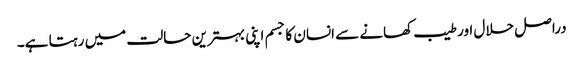
دراصل حلال اور طیب کھانے سے انسان کا جسم اپنی بہترین حالت میں رہتا ہے۔